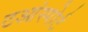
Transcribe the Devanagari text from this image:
टआंस्पोर्ट